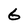
Character: 6